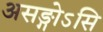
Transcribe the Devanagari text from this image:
असङ्गोऽसि